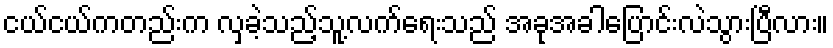
ငယ်ငယ်ကတည်းက လှခဲ့သည့်သူ့လက်ရေးသည် အခုအခါပြောင်းလဲသွားပြီလား။